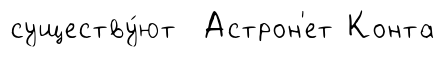
существу́ют Астрон'ет Конта